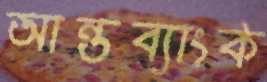
আন্তব্যাংক